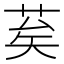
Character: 𦮸